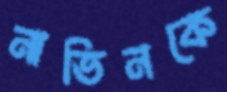
নাভিনকে